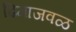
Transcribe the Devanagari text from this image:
ढिगाजवळ